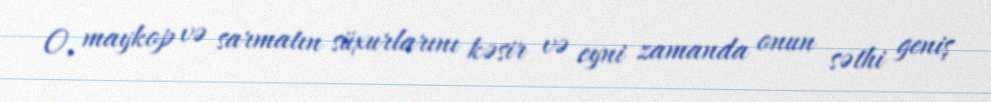
O, maykop və sarmatın süxurlarını kəsir və eyni zamanda onun səthi geniş